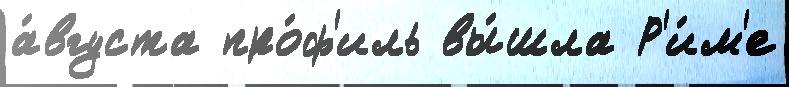
а́вгуста про́ф'иль вы́шла Р'и́м'е